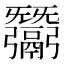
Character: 𢑋